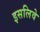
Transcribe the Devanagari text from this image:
इसलिवे